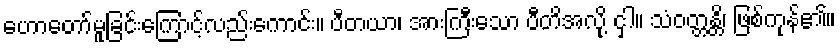
ဟောတော်မူခြင်းကြောင့်လည်းကောင်း။ ပီတယာ၊ အားကြီးသော ပီတိအလို့ ငှါ။ သံဝတ္တန္တိ၊ ဖြစ်ကုန်၏။